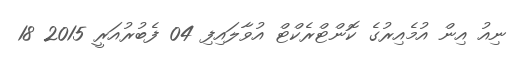
ނިއު އިން އުމެއިރުގެ ކޮންޓްރެކްޓް އުވާލައިފި 04 ފެބުރުއަރީ 2015 18